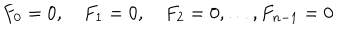
F _ { 0 } = 0 , \quad F _ { 1 } = 0 , \quad F _ { 2 } = 0 , \dots , F _ { n - 1 } = 0